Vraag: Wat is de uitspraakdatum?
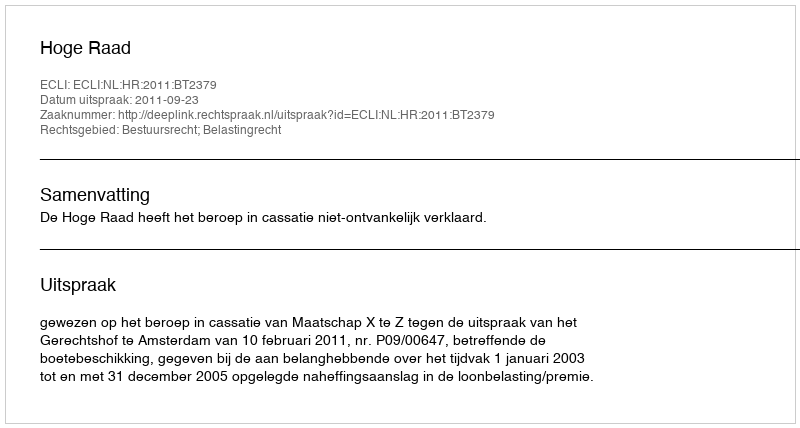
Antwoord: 2011-09-23